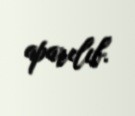
aparılıb.